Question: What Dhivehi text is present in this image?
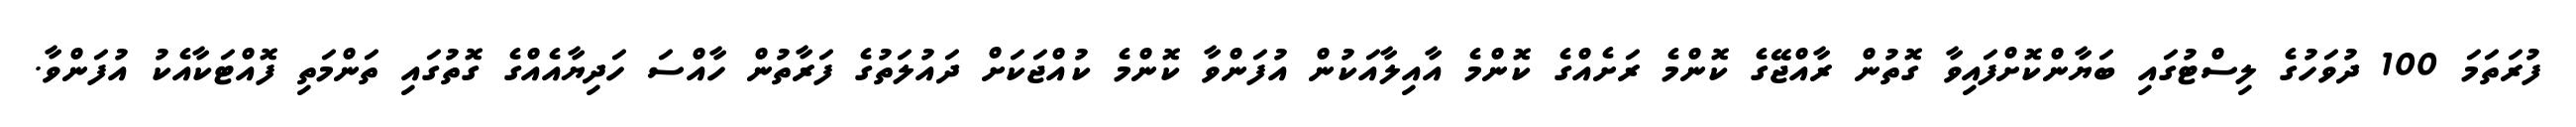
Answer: ފުރަތަމަ 100 ދުވަހުގެ ލިސްޓުގައި ބަޔާންކޮށްފައިވާ ގޮތުން ރާއްޖޭގެ ކޮންމެ ރަށެއްގެ ކޮންމެ އާއިލާއަކުން އުފަންވާ ކޮންމެ ކުއްޖަކަށް ދައުލަތުގެ ފަރާތުން ހާއްސަ ހަދިޔާއެއްގެ ގޮތުގައި ތަންމަތި ފޮއްޓަކާއެކު އުފަންވާ.